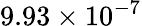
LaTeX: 9.93\times 10^{-7}